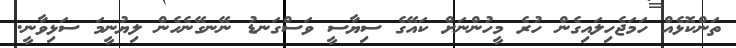
ތަންކޮޅެއް ހަމަޖެހިލައިގެން ހުރެ މީހުންނަށް ކައޭގެ ސިޔާސީ ވަސްގަނޑު ނޭނގޭނެހެން ލިޔުނީމަ ސަޅިވާނީ.